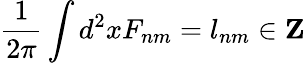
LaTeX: \frac 1{2\pi}\int d^{2}xF_{nm}=l_{nm}\in{\mathbf Z}